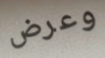
وعرض